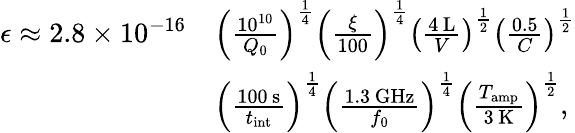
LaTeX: \begin{array}{rl}{\epsilon\approx 2.8\times 10^{-16}}&{\left(\frac{10^{10}}{Q_{0}}\right)^{\frac{1}{4}}\left(\frac{\xi}{100}\right)^{\frac{1}{4}}\left(\frac{4\, \textrm{L}}{V}\right)^{\frac{1}{2}}\left(\frac{0.5}{C}\right)^{\frac{1}{2}}}\\ &{\left(\frac{100\, \mathrm{s}}{t_{\mathrm{int}}}\right)^{\frac{1}{4}}\left(\frac{1.3\, \mathrm{GHz}}{f_{0}}\right)^{\frac{1}{4}}\left(\frac{T_{\mathrm{amp}}}{3\, \mathrm{K}}\right)^{\frac{1}{2}},}\end{array}